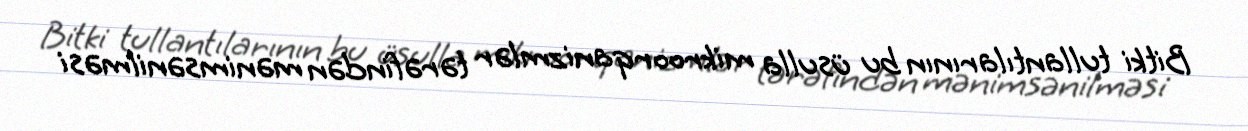
Bitki tullantılarının bu üsulla mikroorqanizmlər tərəfindən mənimsənilməsi